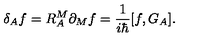
\delta _ { A } f = R _ { A } ^ { M } \partial _ { M } f = \frac { 1 } { i \hbar } [ f , G _ { A } ] .